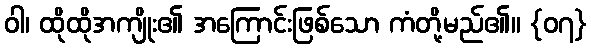
ဝါ၊ ထိုထိုအကျိုး၏ အကြောင်းဖြစ်သော ကံတို့မည်၏။ {၀၇}